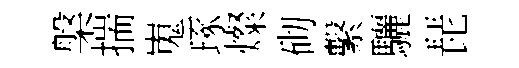
槃揣嵬琢燦砌繫驪琵